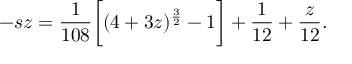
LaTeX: - s z = \frac { 1 } { 1 0 8 } \biggl [ ( 4 + 3 z ) ^ { \frac { 3 } { 2 } } - 1 \biggr ] + \frac { 1 } { 1 2 } + \frac { z } { 1 2 } .